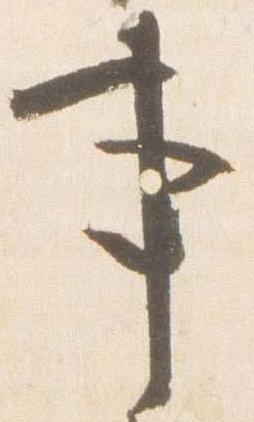
事